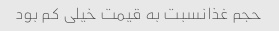
حجم غذانسبت به قیمت خیلی کم بود